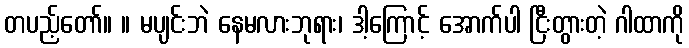
တပည့်တော်။ ။ မပျင်းဘဲ နေမလားဘုရား၊ ဒါ့ကြောင့် အောက်ပါ ငြီးတွားတဲ့ ဂါထာကို